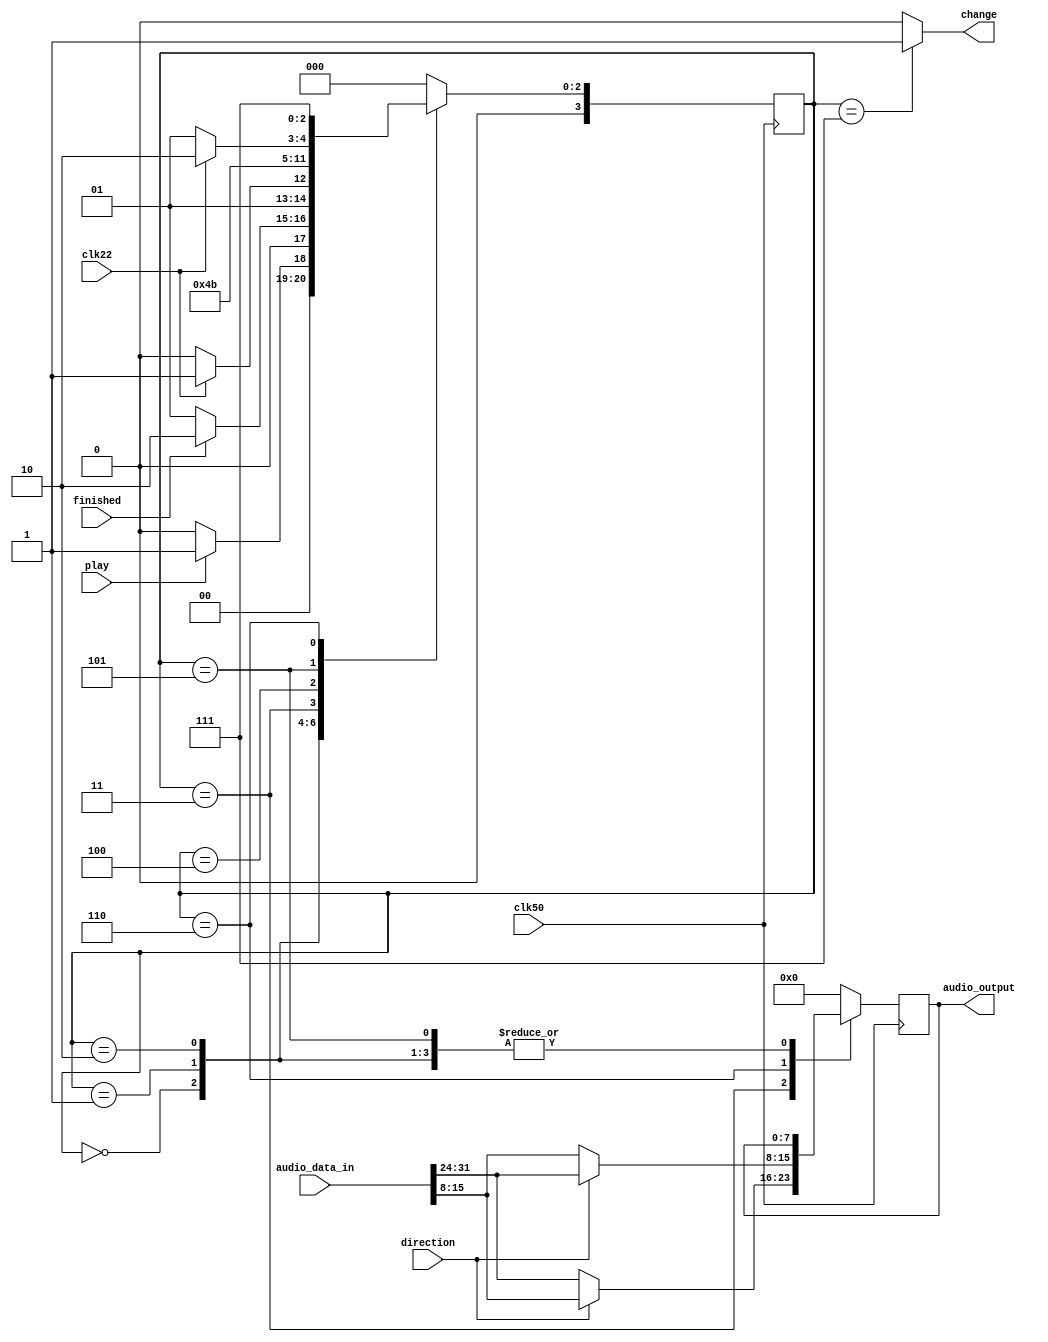
/*`define STATE1 2'b00
`define STATE2 2'b01
`define STATE3 2'b10

module data_output(clk22, clk50, direction, data_valid,song_data, audio_out);
	input clk22, clk50, direction, data_valid;
	reg [1:0] state,next_state;
	input [31:0] song_data;
	output reg [7:0] audio_out;

	reg flag=1'b0;


	reg [7:0] next_audio_out;
	

	
	always @(*) begin 

		if (data_valid) begin //SHOULDN'T IT BE "IF (READ) HERE SO IT STARTS READING WHEN THE ADDRESS INCREMENT MODULE SAYS TO READ??

		case(state) 
			`STATE1: begin
				if(direction) begin 
				     	next_audio_out = song_data[15:8]; 
				     	next_state = `STATE2;
				end
				else begin 
					next_audio_out = song_data[31:24];
					next_state = `STATE3;
				end
				end

			`STATE2: begin
				next_audio_out = song_data[31:24];
				next_state = `STATE1;
				
				end
					
			
			`STATE3: begin
				next_audio_out = song_data[15:8];
				next_state=`STATE1;
				end

			default: begin 
				 next_audio_out = audio_out; 
				 next_state=state;
				 end
		endcase
	
	end 

	else begin 
		next_audio_out=audio_out; 
		next_state=state;
	end
end
	

	always @(posedge clk22) begin
		audio_out <= next_audio_out;
		flag <= !flag;
	end

	always @(posedge clk50) begin
		state <= next_state;
	end

endmodule 
*/




`define state1 3'b000   
`define state2 3'b001
`define state3 3'b010
`define state4 3'b011 
`define state5 3'b100
`define state6 3'b101
`define state7 3'b110
`define state8 3'b111

//defining states
//using synchronized clk22 for this module
module data_output(clk50, clk22, finished, direction, play, change, audio_data_in, audio_output);
input clk50, clk22,direction, play; 
input finished;
input [31:0] audio_data_in;

//defining regs to be used in this fsm
reg [7:0] audio_output_temp;//temp audio out variable used in logic
reg [3:0] next_state,state;

output reg [7:0] audio_output;//output audio from module to be determined
output reg change; //flag to determine if address will remain same for 2 reads or change to the next address




always @(*) begin

case (state)

`state1: begin 
	change=0;
	audio_output_temp = audio_output; 
	
//if in forward or backward play based on inputs from keyboard, move on to state 2 which will output correct audio
	if(play) 
	next_state = `state2;
	else 
	next_state = `state1;
	end
	

`state2: begin 

	change=0;
	audio_output_temp = audio_output; //setting the temp variable to next audio output

	if(finished) //finished is being sent in from flash read module. if flash fsm has iterated through to the final state, this fsm moves to state 3
	next_state = `state3;
	else 
	next_state = `state2;
	end

`state3: begin 
	change=0;
	audio_output_temp = audio_output;

	if(clk22) //when the synchronized 22hz clock is high, we want to move to the 4th state otherwise if low, next state will be state 3
	next_state = `state4;
	else 
	next_state = `state3;
	end

`state4: begin 

	change=0;
	next_state = `state5; 

	if(direction) 
	audio_output_temp = audio_data_in[15:8];
	else 
	audio_output_temp = audio_data_in[31:24];
	end

`state5: begin 
	change=0;
	next_state = `state6; 
	audio_output_temp = audio_output; 
	end

`state6: begin 

	change=0;
	audio_output_temp = audio_output; 

	if(clk22) //again checking if 22hz clock is high when moving to state 7  
	next_state = `state7;
	else 
	next_state = `state6;
	end

`state7: begin 
	change=0;
	next_state = `state8; 

	if(direction) 
	audio_output_temp = audio_data_in[31:24];	//setting data audio out based on correct bits of audio_data_in being sent into module
	else 
	audio_output_temp = audio_data_in[15:8]; //setting bits based on direction again
	end

`state8: begin 
	next_state = `state1; 
	change=1;//change is 1 because we already read both parts of address data and want it to increment/decrement to next address
	audio_output_temp = audio_output;                          //so that we can read from that next address
	end



default: begin 

	change=0;
	next_state = `state1; //default case sending it to the first state where it is checking
	audio_output_temp = 8'b0;  //just setting audio out tempto zero as default
	
	 end
	
endcase 
end


always @(posedge clk50) begin//want to be changing the state at the clk50hz because other modules states also change at posedge clock50
state <= next_state; //using flip flop for output and setting states
audio_output<=audio_output_temp; 
end




endmodule